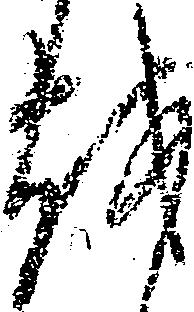
越